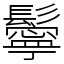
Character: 鬡